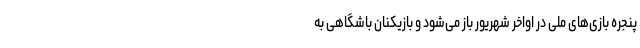
پنجره بازی‌های ملی در اواخر شهریور باز می‌شود و بازیکنان باشگاهی به